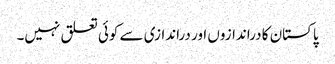
پاکستان کا دراندازوں اور دراندازی سے کوئی تعلق نہیں۔